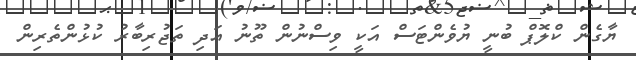
ޔާގެން ކްލޮޕް ބުނީ ޔުވެންޓަސް އަކީ ވިސްނުން ތޫނު އަދި ތަޖުރިބާރު ކުޅުންތެރިން